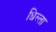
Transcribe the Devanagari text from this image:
धिल्ता